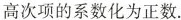
高次项的系数化为正数.